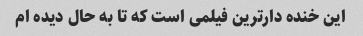
این خنده دارترین فیلمی است که تا به حال دیده ام